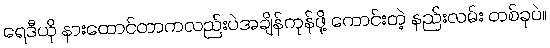
ရေဒီယို နားထောင်တာကလည်းပဲအချိန်ကုန်ဖို့ ကောင်းတဲ့ နည်းလမ်း တစ်ခုပဲ။